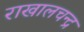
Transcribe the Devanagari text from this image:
राखालचन्द्र